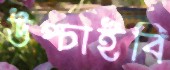
উপ্‌চাইবি